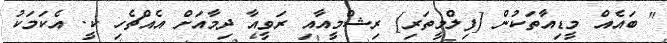
" ބައެއް މީޑިއާތަކުން [ފިލްމީތަރި] ރިޝްމީއާއި ރަވީއާ ދިމާއަށް އެއްޗެހި ކީ. އެކަމަކު